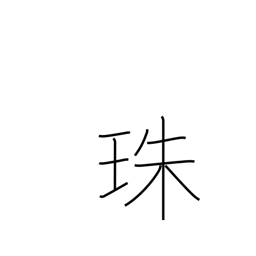
Meaning: pearl